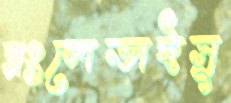
রংলেভাইসু